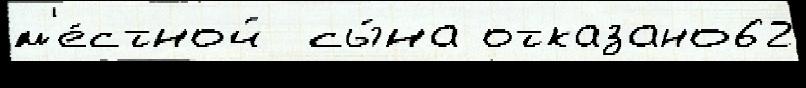
м'е́стной  сы́на отказано62